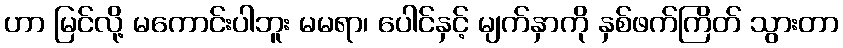
ဟာ မြင်လို့ မကောင်းပါဘူး မမရာ၊ ပေါင်နှင့် မျက်နှာကို နှစ်ဖက်ကြိတ် သွားတာ